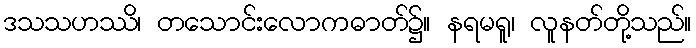
ဒသသဟဿိ၊ တသောင်းလောကဓာတ်၌။ နရမရူ၊ လူနတ်တို့သည်။